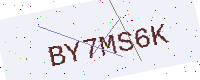
Text: BY7MS6K